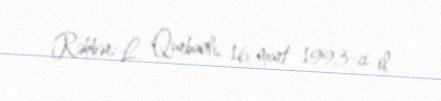
Rəhbər: L. Qurbanlı, 16 mart 1993-ci il